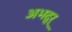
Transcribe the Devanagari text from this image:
अभद्र्